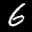
Label: 6